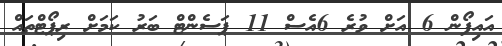
އައިފޯން 6 އަށް ވުރެ 6އެސް 11 ޕަސެންޓް ބަރު ކަމަށް ރިޕޯޓްތައް